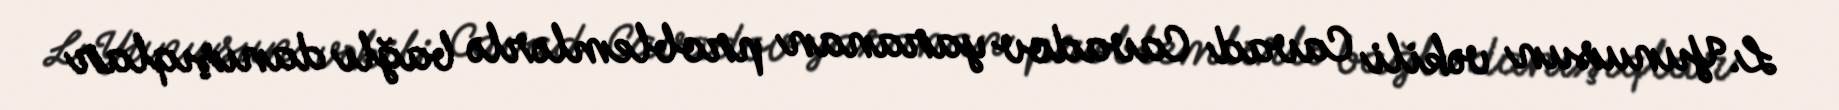
L.Yunusun vəkili Cavad Cavadov yaranan problemlərlə bağlı danışıqlar